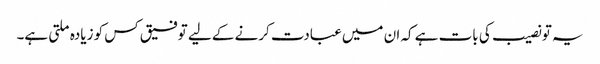
یہ تو نصیب کی بات ہے کہ ان میں عبادت کرنے کے لیے توفیق کس کو زیادہ ملتی ہے۔